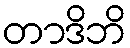
တာဒိဘိ